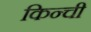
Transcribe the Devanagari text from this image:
किन्ची